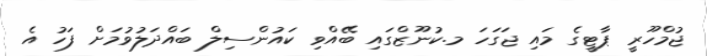
ޖުމްހޫރީ ޕާޓީގެ މައި ޖަގަހަ މ.ކުނޫޒްގައި ބޭއްވި ކައުންސިލް ބައްދަލުވުމަށް ފަހު އެ